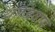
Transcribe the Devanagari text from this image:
थाजिवास